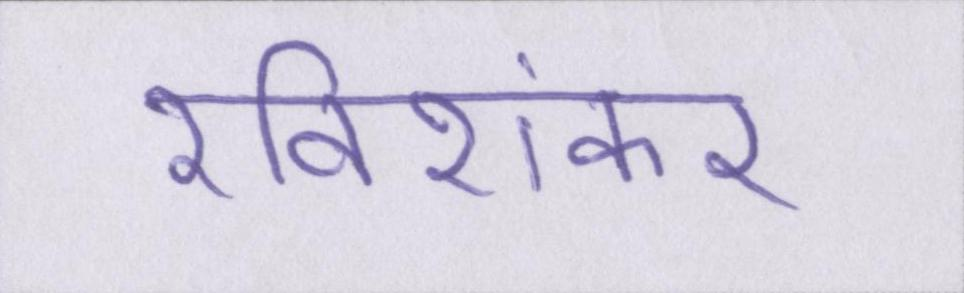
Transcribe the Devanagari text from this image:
रविशंकर